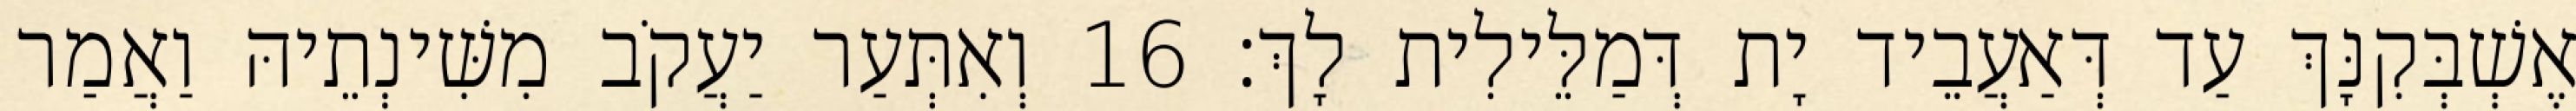
אֶשְׁבְּקִנָּךְ עַד דְּאַעֲבֵיד יָת דְּמַלֵּילִית לָךְ׃ 16 וְאִתְּעַר יַעֲקֹב מִשִּׁינְתֵיהּ וַאֲמַר